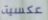
عكسية